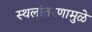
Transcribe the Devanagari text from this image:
स्थलांतरणामुळे